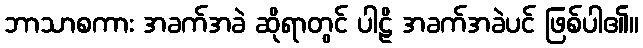
ဘာသာစကား အခက်အခဲ ဆိုရာတွင် ပါဠိ အခက်အခဲပင် ဖြစ်ပါ၏။